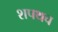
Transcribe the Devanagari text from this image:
शपथच